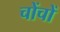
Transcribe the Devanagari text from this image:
चोंचों